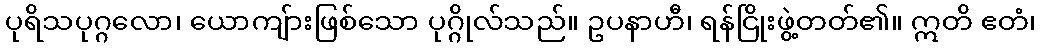
ပုရိသပုဂ္ဂလော၊ ယောကျ်ားဖြစ်သော ပုဂ္ဂိုလ်သည်။ ဥပနာဟီ၊ ရန်ငြိုးဖွဲ့တတ်၏။ ဣတိ ဧတံ၊